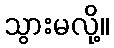
သွားမလို့။